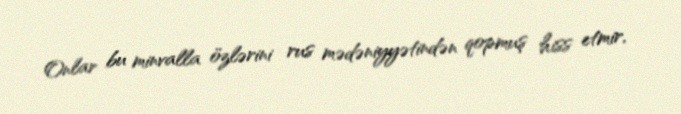
Onlar bu minvalla özlərini rus mədəniyyətindən qopmuş hiss etmir,